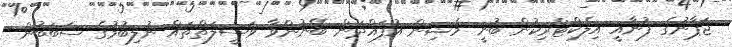
ޖަޕާނުގެ ފުނާއީ އިލެކްޓްރިކުން ބުނީ މެޝިން އުފައްދަން ބޭނުންވާ ވަސީލަތްތައް ނުލިބުމުގެ ސަބަބުން